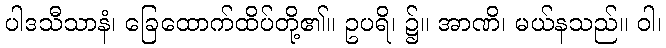
ပါဒသီသာနံ၊ ခြေထောက်ထိပ်တို့၏။ ဥပရိ၊ ၌။ အာဏိ၊ မယ်နသည်။ ဝါ၊